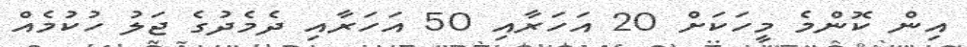
އިން ކޮންމެ މީހަކަށް 20 އަހަރާއި 50 އަހަރާއި ދެމެދުގެ ޖަލު ހުކުމެއް